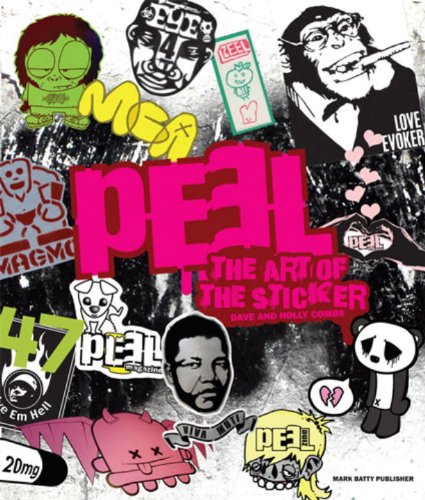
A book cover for Peel: The Art Of The Sticker; Dave Combs; Arts & Photography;